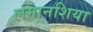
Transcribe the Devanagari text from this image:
लमानशिया